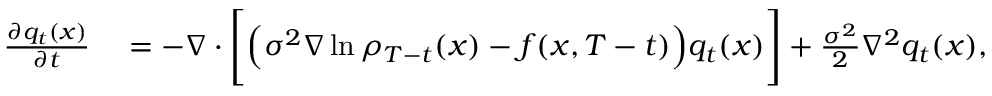
\begin{array} { r l } { \frac { \partial { q } _ { t } ( x ) } { \partial t } } & { { } = - \nabla \cdot \Bigg [ \Big ( \sigma ^ { 2 } \nabla \ln \rho _ { T - t } ( x ) - f ( x , T - t ) \Big ) { q } _ { t } ( x ) \Bigg ] + \frac { \sigma ^ { 2 } } { 2 } \nabla ^ { 2 } { q } _ { t } ( x ) , } \end{array}